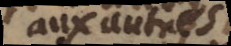
aux autres